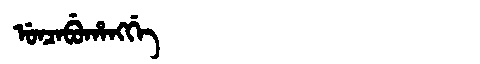
Manchu: ᡠᠨᠴᠠᠪᡠᡥᠠᠩᡤᡝ
Romanization: UNCABUHANGGE